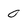
Character: 0